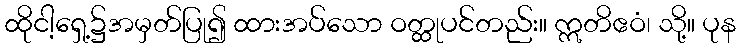
ထိုငါ့ရှေ့၌အမှတ်ပြု၍ ထားအပ်သော ဝတ္ထုပင်တည်း။ ဣတိဧဝံ၊ သို့။ ပုန